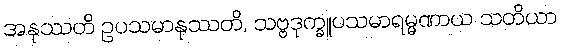
အနုဿတိ ဥပသမာနုဿတိ, သဗ္ဗဒုက္ခူပသမာရမ္မဏာယ သတိယာ